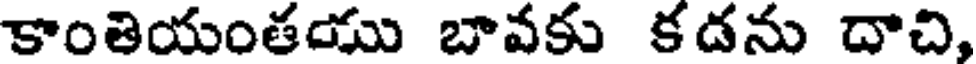
కాంతియంతయు బావకు కదను దాచి,